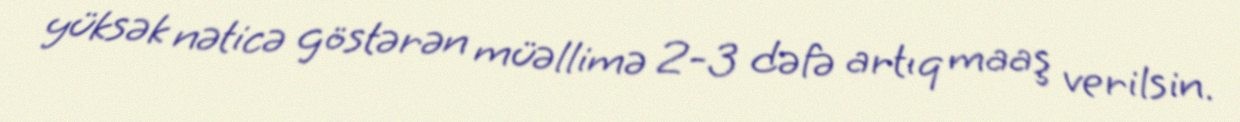
yüksək nəticə göstərən müəllimə 2-3 dəfə artıq maaş verilsin.